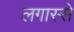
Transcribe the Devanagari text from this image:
लगास्से